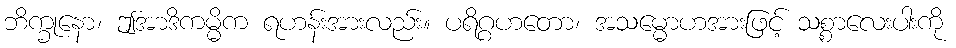
ဘိက္ခုနော၊ ဤအာဒိကမ္မိက ရဟန်းအားလည်း။ ပရိဂ္ဂဟတော၊ အသမ္မောဟအားဖြင့် သစ္စာလေးပါးကို